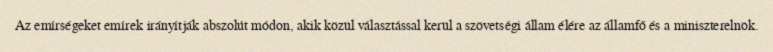
Az emírségeket emírek irányítják abszolút módon, akik közül választással kerül a szövetségi állam élére az államfő és a miniszterelnök.